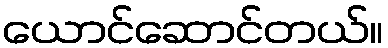
ယောင်ဆောင်တယ်။